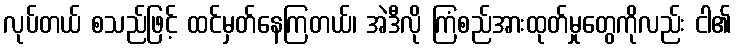
လုပ်တယ် စသည်ဖြင့် ထင်မှတ်နေကြတယ်၊ အဲဒီလို ကြံစည်အားထုတ်မှုတွေကိုလည်း ငါ၏